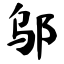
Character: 邬